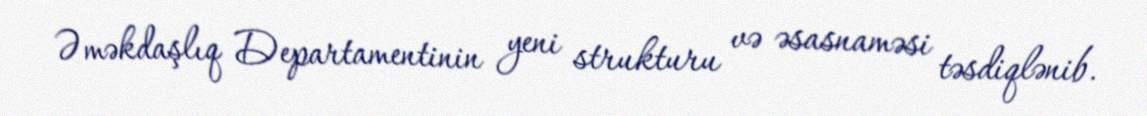
Əməkdaşlıq Departamentinin yeni strukturu və əsasnaməsi təsdiqlənib.